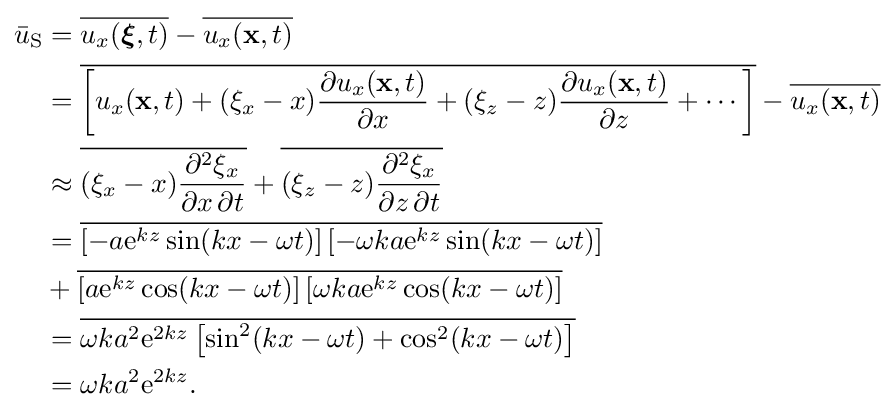
{\begin{aligned}{\bar {u}}_{\text{S}}&={\overline {u_{x}({\boldsymbol {\xi }},t)}}-{\overline {u_{x}(\mathbf {x} ,t)}}\\&={\overline {\left[u_{x}(\mathbf {x} ,t)+(\xi _{x}-x){\frac {\partial u_{x}(\mathbf {x} ,t)}{\partial x}}+(\xi _{z}-z){\frac {\partial u_{x}(\mathbf {x} ,t)}{\partial z}}+\cdots \right]}}-{\overline {u_{x}(\mathbf {x} ,t)}}\\&\approx {\overline {(\xi _{x}-x){\frac {\partial ^{2}\xi _{x}}{\partial x\,\partial t}}}}+{\overline {(\xi _{z}-z){\frac {\partial ^{2}\xi _{x}}{\partial z\,\partial t}}}}\\&={\overline {\left[-a{\text{e}}^{kz}\sin(kx-\omega t)\right]\left[-\omega ka{\text{e}}^{kz}\sin(kx-\omega t)\right]}}\\&+{\overline {\left[a{\text{e}}^{kz}\cos(kx-\omega t)\right]\left[\omega ka{\text{e}}^{kz}\cos(kx-\omega t)\right]}}\\&={\overline {\omega ka^{2}{\text{e}}^{2kz}\left[\sin ^{2}(kx-\omega t)+\cos ^{2}(kx-\omega t)\right]}}\\&=\omega ka^{2}{\text{e}}^{2kz}.\end{aligned}}